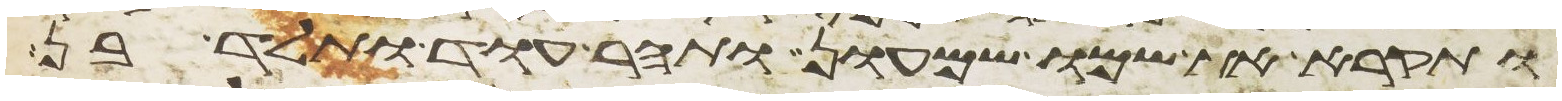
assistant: ותקרא את שמו שמעון ותהר עוד ותלד בן